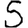
Digit: 5